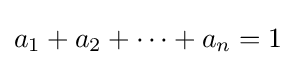
a_{1}+a_{2}+\dotsb +a_{n}=1